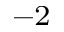
^ { - 2 }